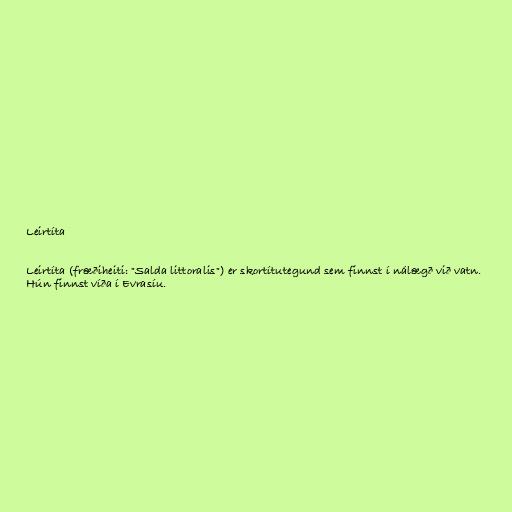
Leirtíta

Leirtíta (fræðiheiti: "Salda littoralis") er skortítutegund sem finnst í nálægð við vatn.
Hún finnst víða í Evrasíu.